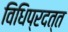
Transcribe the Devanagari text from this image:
विधिप्रदत्त